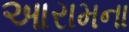
આરામના